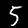
Label: 5